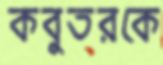
কবুতরকে